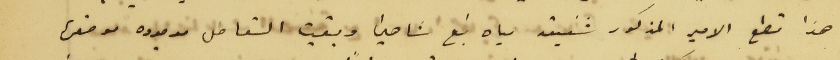
هذا قطع الامير المذكور شفيق مياه نبع شاهين وبقيت القساطل موجوده موضعها